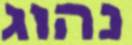
נהוג